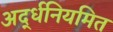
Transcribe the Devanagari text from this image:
अर्द्धनियमित